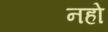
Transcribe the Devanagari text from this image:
नहो